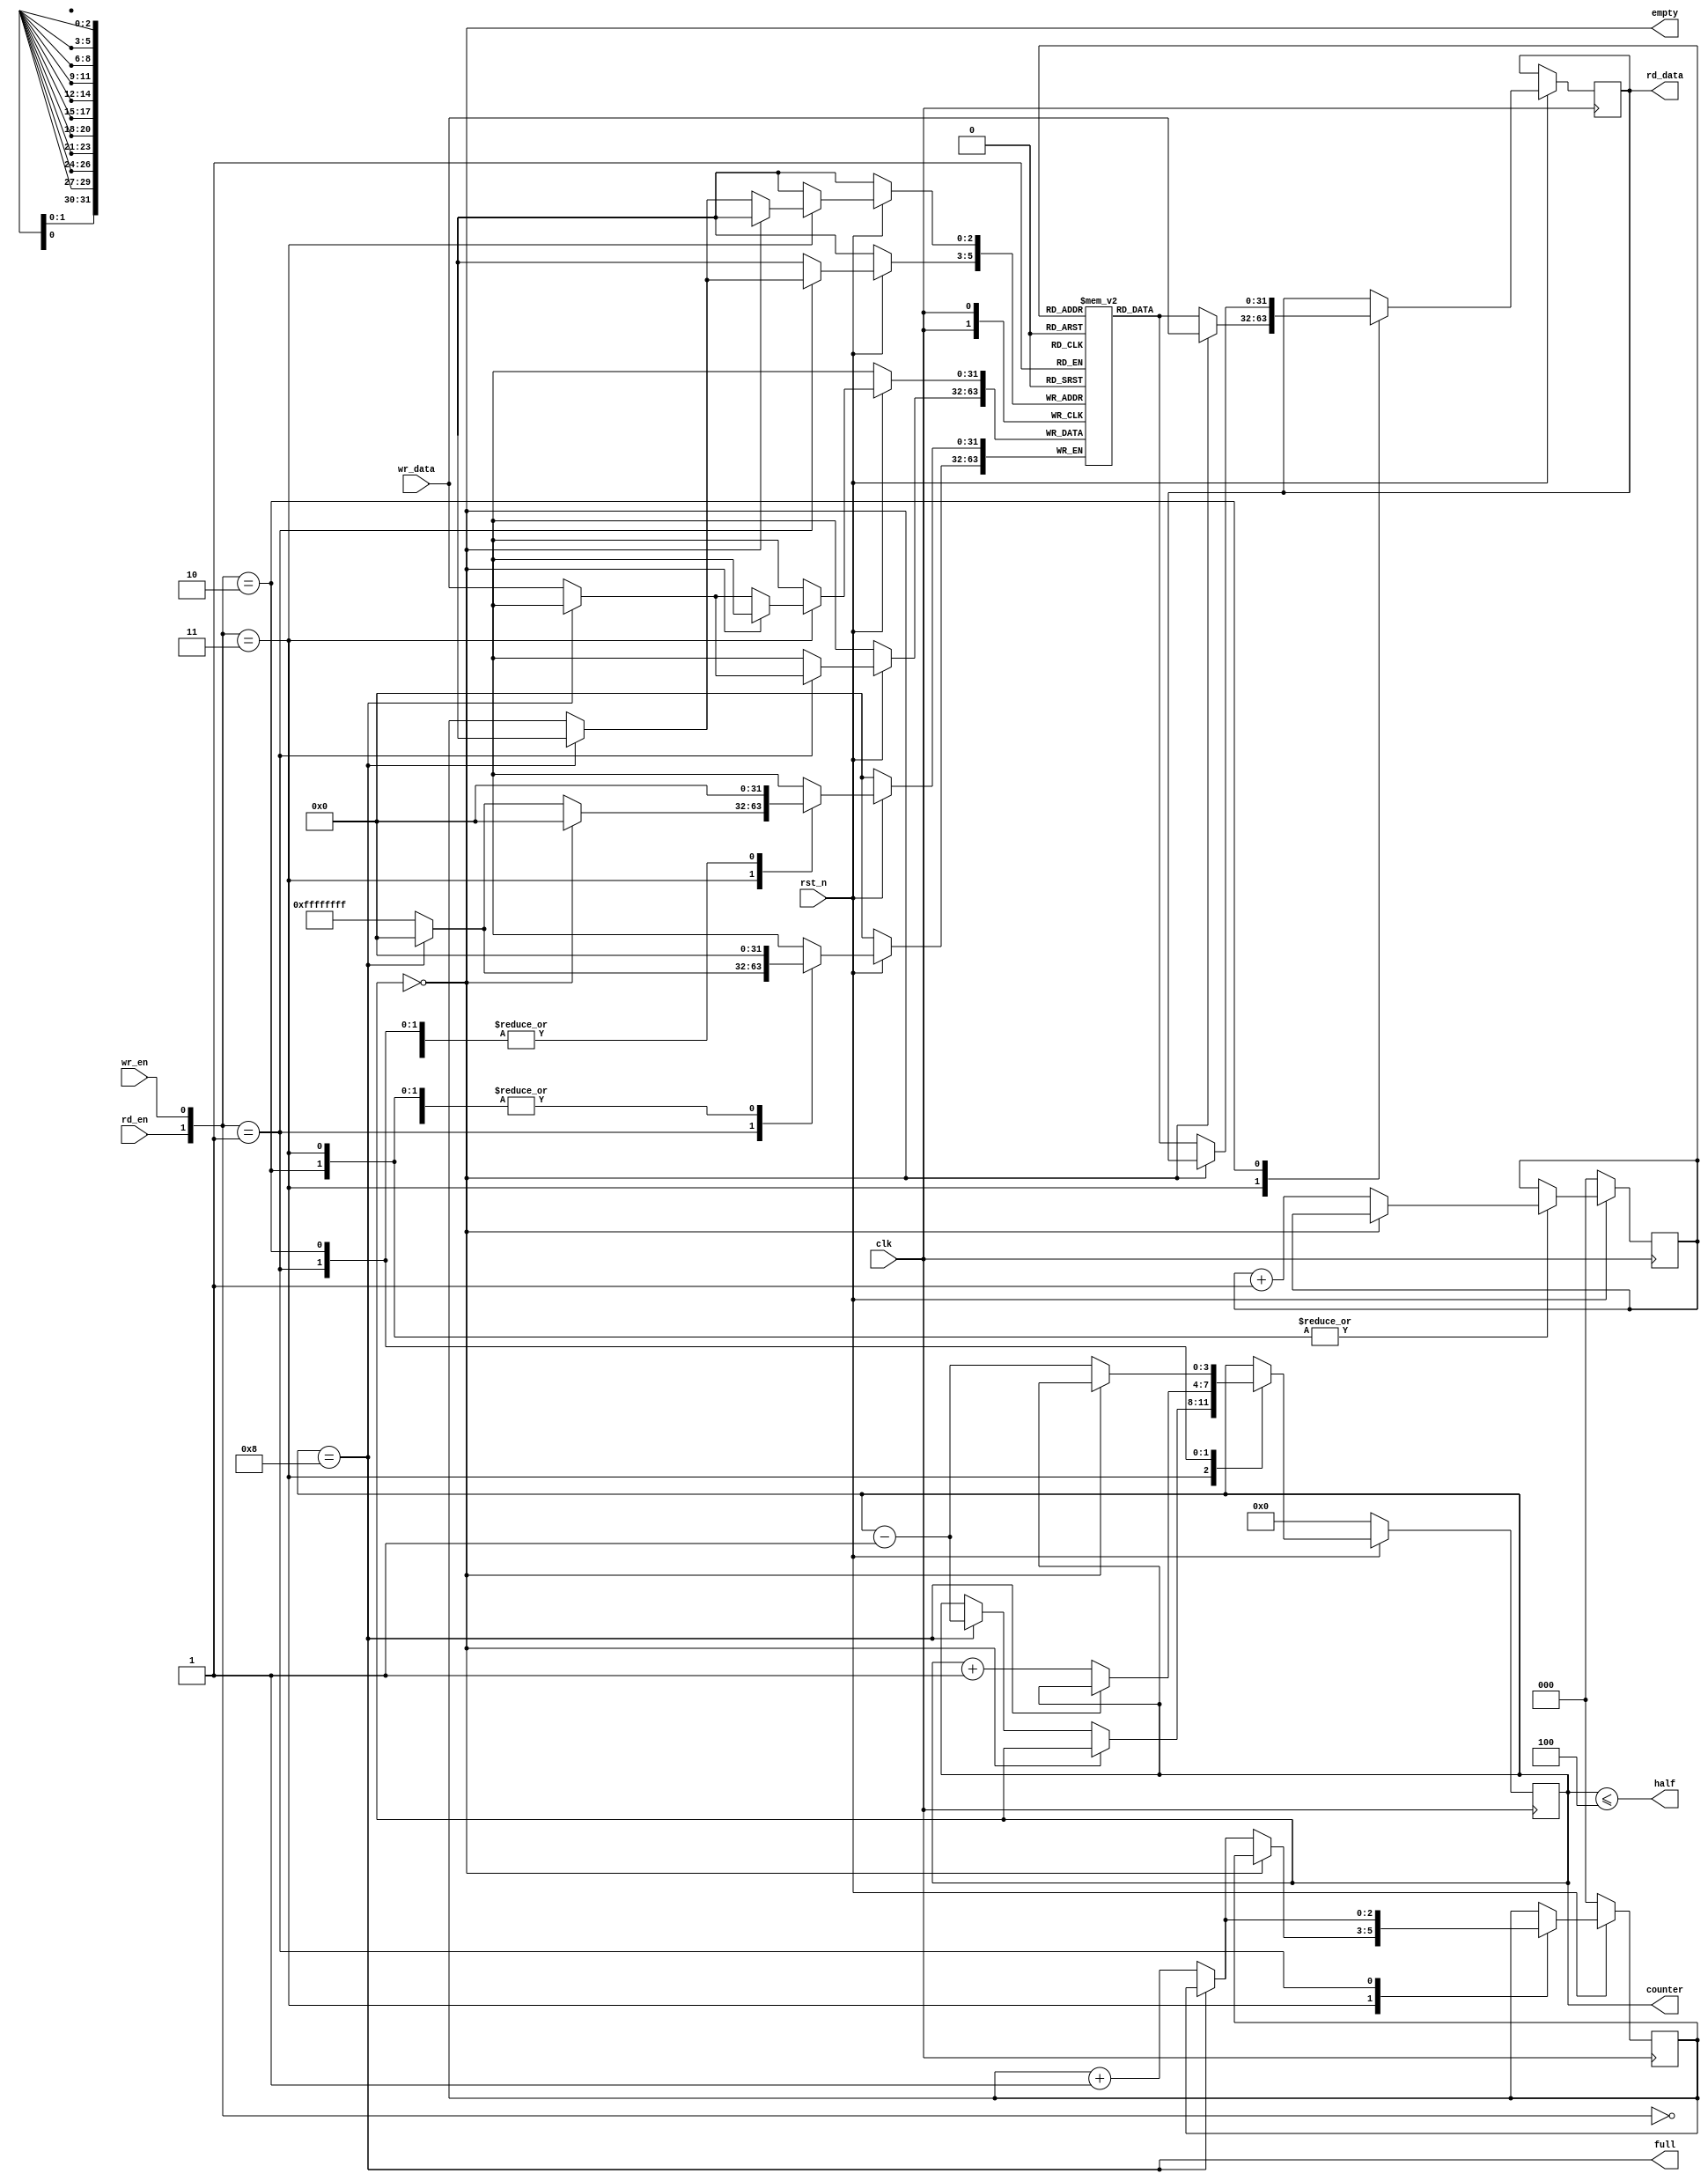
/* This file is based on:
   https://github.com/Byteahalf/riscv_online_debug/blob/master/RISCV/fifo.v

   It was modified to enable writing and reading from empty fifo. 
   Doing the same with full fifo is not supported (at least for now).

   IMPORTANT: DATA_DEPTH must be a power of 2, otherwise wr_ptr and rd_ptr will overflow and begin overwriting other items (unless I'm mistaken).
*/

`timescale 1ns/10ps

module sync_fifo
#(
    parameter DATA_DEPTH = 8,
    parameter DATA_WIDTH = 32
)(
    input clk,
    input rst_n,
    input rd_en,
    input wr_en,
    input [DATA_WIDTH - 1:0] wr_data,
    output reg [DATA_WIDTH - 1:0] rd_data,
    output full,
    output empty,
    output half,
    output reg [$clog2(DATA_DEPTH):0] counter
);
    reg [DATA_WIDTH - 1:0] data [0:DATA_DEPTH - 1];
    reg [$clog2(DATA_DEPTH) - 1:0] wr_ptr;
    reg [$clog2(DATA_DEPTH) - 1:0] rd_ptr;

    assign full = (counter == DATA_DEPTH);
    assign empty = (counter == 0 );
    assign half = (counter <= (DATA_DEPTH / 2));
    
    initial begin
        counter <= 0;
        wr_ptr <= 0;
        rd_ptr <= 0;
    end

    always @(posedge clk) begin
        if(!rst_n) begin
            counter <= 0;
            rd_ptr <= 0;
            wr_ptr <= 0;
        end
        else begin
            case({rd_en, wr_en})
            2'b00: begin
                counter <= counter;
                rd_data <= rd_data;
            end
            2'b11: begin
                if (empty) begin
                    counter <= counter;
                    rd_data <= wr_data;
                end
                else if (full) begin
                    counter <= counter - 1;
                    rd_data <= data[rd_ptr];
                    rd_ptr <= rd_ptr + 1;
                end
                else begin
                    counter <= counter;
                    rd_data <= data[rd_ptr];
                    data[wr_ptr] <= wr_data;
                    wr_ptr <= wr_ptr + 1;
                    rd_ptr <= rd_ptr + 1;

                end
            end
            2'b01: begin
                if(!full) begin
                    counter <= counter + 1;
                    data[wr_ptr] <= wr_data;
                    wr_ptr <= wr_ptr + 1;
                end
            end
            2'b10: begin
                if(!empty) begin
                    counter <= counter - 1;
                    rd_data <= data[rd_ptr];
                    rd_ptr <= rd_ptr + 1;
                end
            end
            endcase
        end
    end
endmodule